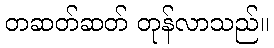
တဆတ်ဆတ် တုန်လာသည်။